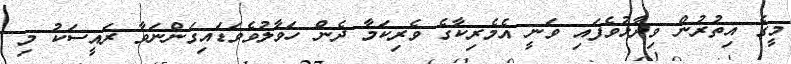
މީގެ އިތުރުން ވިދާޅުވެފައި ވަނީ އެމެރިކާގެ ވެރިކަމާ ދެން ހަވާލުވެވަޑައިގަންނަވާ ރައީސަކު މި